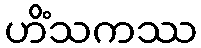
ဟိံသကဿ